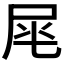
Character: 𡱕